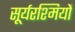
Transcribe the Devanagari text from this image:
सूर्यरश्मियों